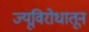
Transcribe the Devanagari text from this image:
ज्यूविरोधातून